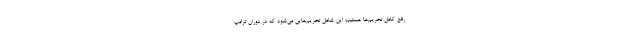
رفع کامل تحریم‌ها هستیم؛ این شامل تحریم‌هایی می‌شود که در دوران ترامپ